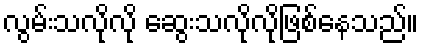
လွမ်းသလိုလို ဆွေးသလိုလိုဖြစ်နေသည်။